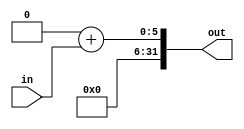
//ZeroExtend.v


module ZeroExtend(
	input wire [4:0] in,
	output reg [31:0] out);
	
	always @(in) begin
		out = 32'h00000000;
		out = out + in[4:0];
	end
endmodule